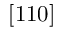
\left[ 1 1 0 \right]